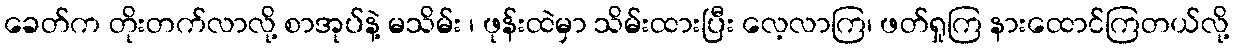
ခေတ်က တိုးတက်လာလို့ စာအုပ်နဲ့ မသိမ်း ၊ ဖုန်းထဲမှာ သိမ်းထားပြီး လေ့လာကြ၊ ဖတ်ရှုကြ နားထောင်ကြတယ်လို့